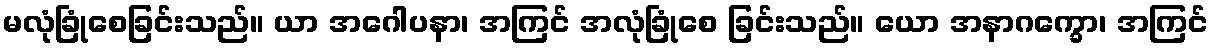
မလုံခြုံစေခြင်းသည်။ ယာ အဂေါပနာ၊ အကြင် အလုံခြုံစေ ခြင်းသည်။ ယော အနာဂက္ခော၊ အကြင်